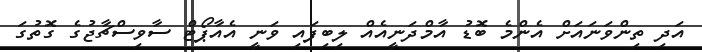
އަދި ތިންވަނައަށް އެންމެ ބޮޑު އާމްދަނީއެއް ލިބިފައި ވަނީ އެއާޕޯޓް ސާވިސްޗާޖުގެ ގޮތުގަ